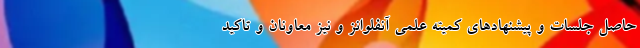
حاصل جلسات و پیشنهادهای کمیته علمی آنفلوانز و نیز معاونان و تاکید